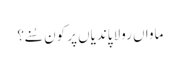
ماواں رولا پاندیاں پر کون سُنے؟